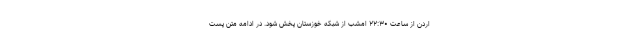
اردن از ساعت ۲۲:۳۰ امشب از شبکه خوزستان پخش شود. در ادامه متن پست